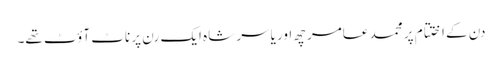
دن کے اختتام پر محمد عامر چھ اور یاسر شاہ ایک رن پر ناٹ آؤٹ تھے۔